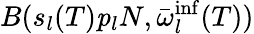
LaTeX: B(s_{l}(T)\mathbf{\mathit{p}}_{l}N,\bar{\omega}_{l}^{\mathrm{inf}}(T))